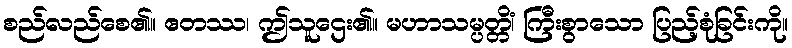
စည်လည်စေ၏။ ဧတဿ၊ ဤသူဌေး၏။ မဟာသမ္ပတ္တိံ၊ ကြီးစွာသော ပြည့်စုံခြင်းကို။